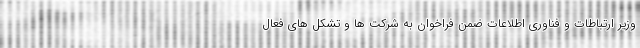
وزیر ارتباطات و فناوری اطلاعات ضمن فراخوان به شرکت ها و تشکل های فعال